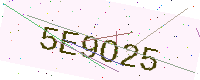
Text: 5E9O25